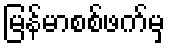
မြန်မာစစ်ဖက်မှ